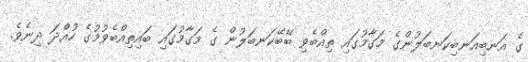
ގެ އަނބިއަނބިކަނބަލުންގެ މަގާމުގައި ތިއްބެވި ބޭބޭކަނބަލުން ގެ މަގާމުގައި ބައިތިއްބެވުމުގެ ހުއްދަ ދިނެވެ.